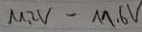
Text: 11,2V-11,6V